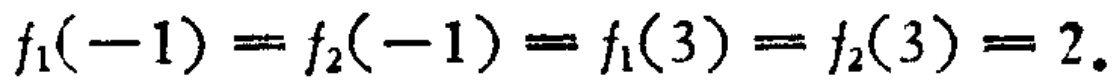
\(f_{1}(-1)=f_{2}(-1)=f_{1}(3)=f_{2}(3)=2\)